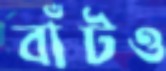
বাঁটও